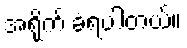
အရိုက် ခံရပါတယ်။